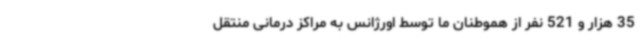
35 هزار و 521 نفر از هموطنان ما توسط اورژانس به مراکز درمانی منتقل